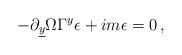
LaTeX: \begin{align*}-\partial_{\underline{y}} \Omega \Gamma^{y} \epsilon+im \epsilon=0\, ,\end{align*}